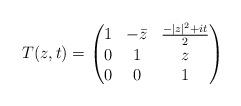
LaTeX: \begin{align*}T(z,t)=\left( \begin{matrix} 1 & -\bar z & \frac{-|z|^2+it}{2}\\ 0 & 1 & z\\ 0 & 0 & 1 \end{matrix}\right)\end{align*}